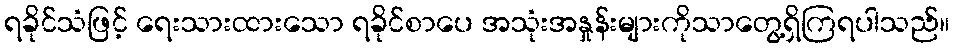
ရခိုင်သံဖြင့် ရေးသားထားသော ရခိုင်စာပေ အသုံးအနှုန်းများကိုသာတွေ့ရှိကြရပါသည်။